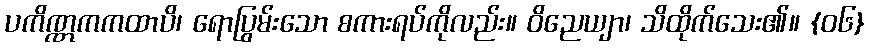
ပကိဏ္ဏကကထာပိ၊ ရောပြွမ်းသော စကားရပ်ကိုလည်း။ ဝိညေယျာ၊ သိထိုက်သေး၏။ {၀၆}